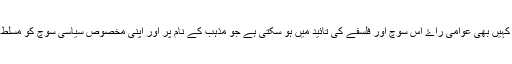
ميں نہيں سمجھتا کہ يہ دعوی کرنا دانش مندی ہے کہ امريکہ سميت دنيا ميں کہيں بھی عوامی راۓ اس سوچ اور فلسفے کی تائيد ميں ہو سکتی ہے جو مذہب کے نام پر اور اپنی مخصوص سياسی سوچ کو مسلط کرنے کے ليے بے گناہ شہريوں کے قتل کی ترغيب کو جائز قرار ديتی ہے۔